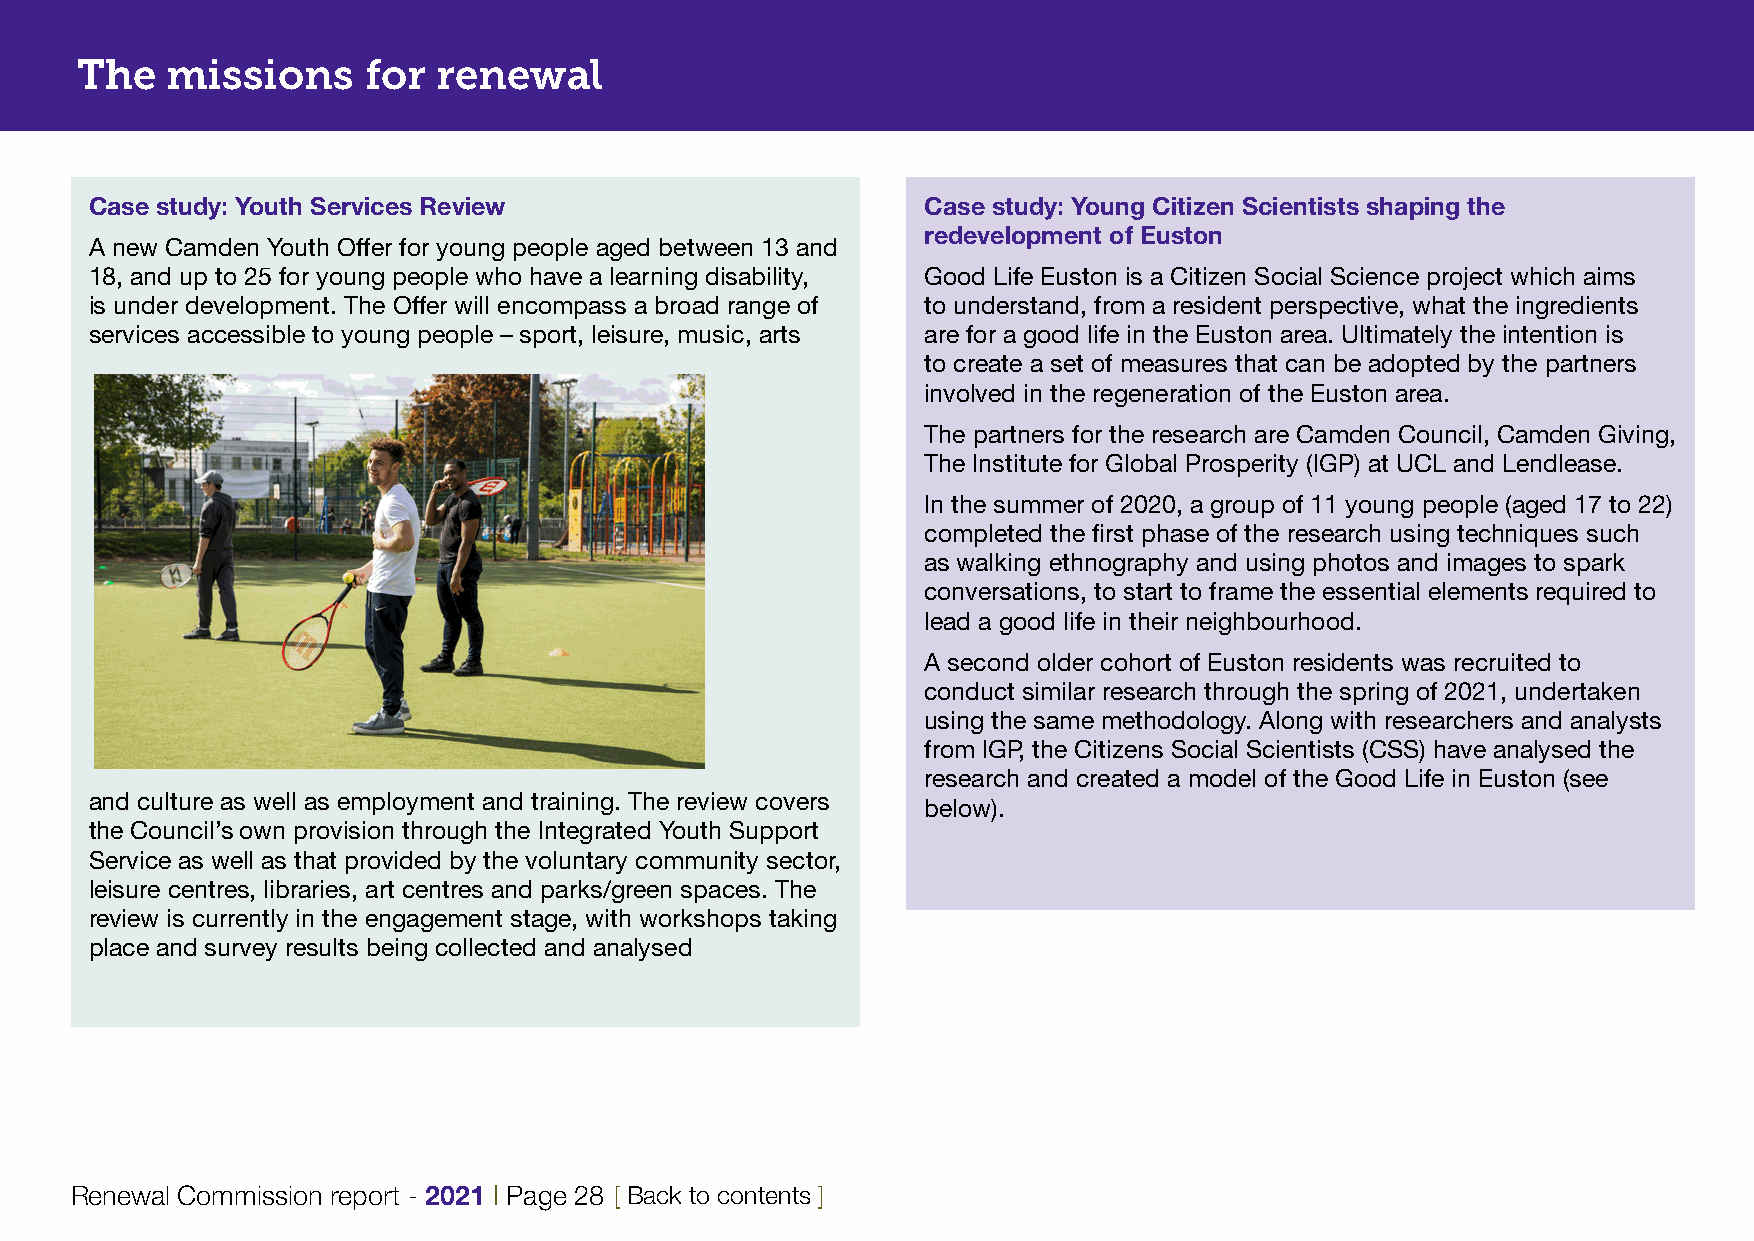
The   missions     for  renewal
 Case study: Youth Services Review                      Case study: Young Citizen Scientists shaping the
 redevelopment of Euston
 A new Camden Youth Offer for young people aged between 13 and
 18, and up to 25 for young people who have a learning disability, Good Life Euston is a Citizen Social Science project which aims
 is under development. The Offer will encompass a broad range of to understand, from a resident perspective, what the ingredients
 services accessible to young people – sport, leisure, music, arts are for a good life in the Euston area. Ultimately the intention is
 to create a set of measures that can be adopted by the partners
 involved in the regeneration of the Euston area.
 The partners for the research are Camden Council, Camden Giving,
 The Institute for Global Prosperity (IGP) at UCL and Lendlease.
 In the summer of 2020, a group of 11 young people (aged 17 to 22)
 completed the first phase of the research using techniques such
 as walking ethnography and using photos and images to spark
 conversations, to start to frame the essential elements required to
 lead a good life in their neighbourhood.
 A second older cohort of Euston residents was recruited to
 conduct similar research through the spring of 2021, undertaken
 using the same methodology. Along with researchers and analysts
 from IGP, the Citizens Social Scientists (CSS) have analysed the
 research and created a model of the Good Life in Euston (see
 and culture as well as employment and training. The review covers
 below).
 the Council’s own provision through the Integrated Youth Support
 Service as well as that provided by the voluntary community sector,
 leisure centres, libraries, art centres and parks/green spaces. The
 review is currently in the engagement stage, with workshops taking
 place and survey results being collected and analysed
 Renewal Commission report - 2021 | Page 28 [ Back to contents ]